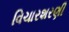
વિચારશરણી